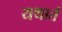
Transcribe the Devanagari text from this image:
यथार्त